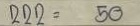
222 = 50